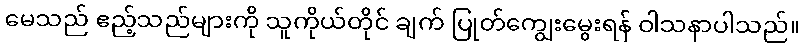
မေသည် ဧည့်သည်များကို သူကိုယ်တိုင် ချက် ပြုတ်ကျွေးမွေးရန် ဝါသနာပါသည်။